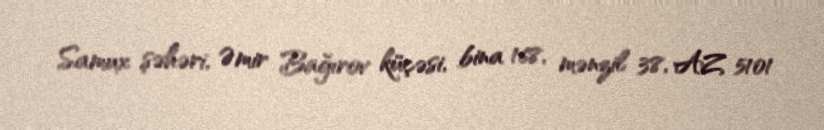
Samux şəhəri, Əmir Bağırov küçəsi, bina 168, mənzil 38, AZ 5101